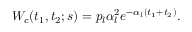
{ \cal W } _ { c } ( t _ { 1 } , t _ { 2 } ; s ) = p _ { l } \alpha _ { l } ^ { 2 } e ^ { - \alpha _ { l } ( t _ { 1 } + t _ { 2 } ) } .